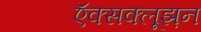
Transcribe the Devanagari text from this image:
ऍक्सक्लूझ़न